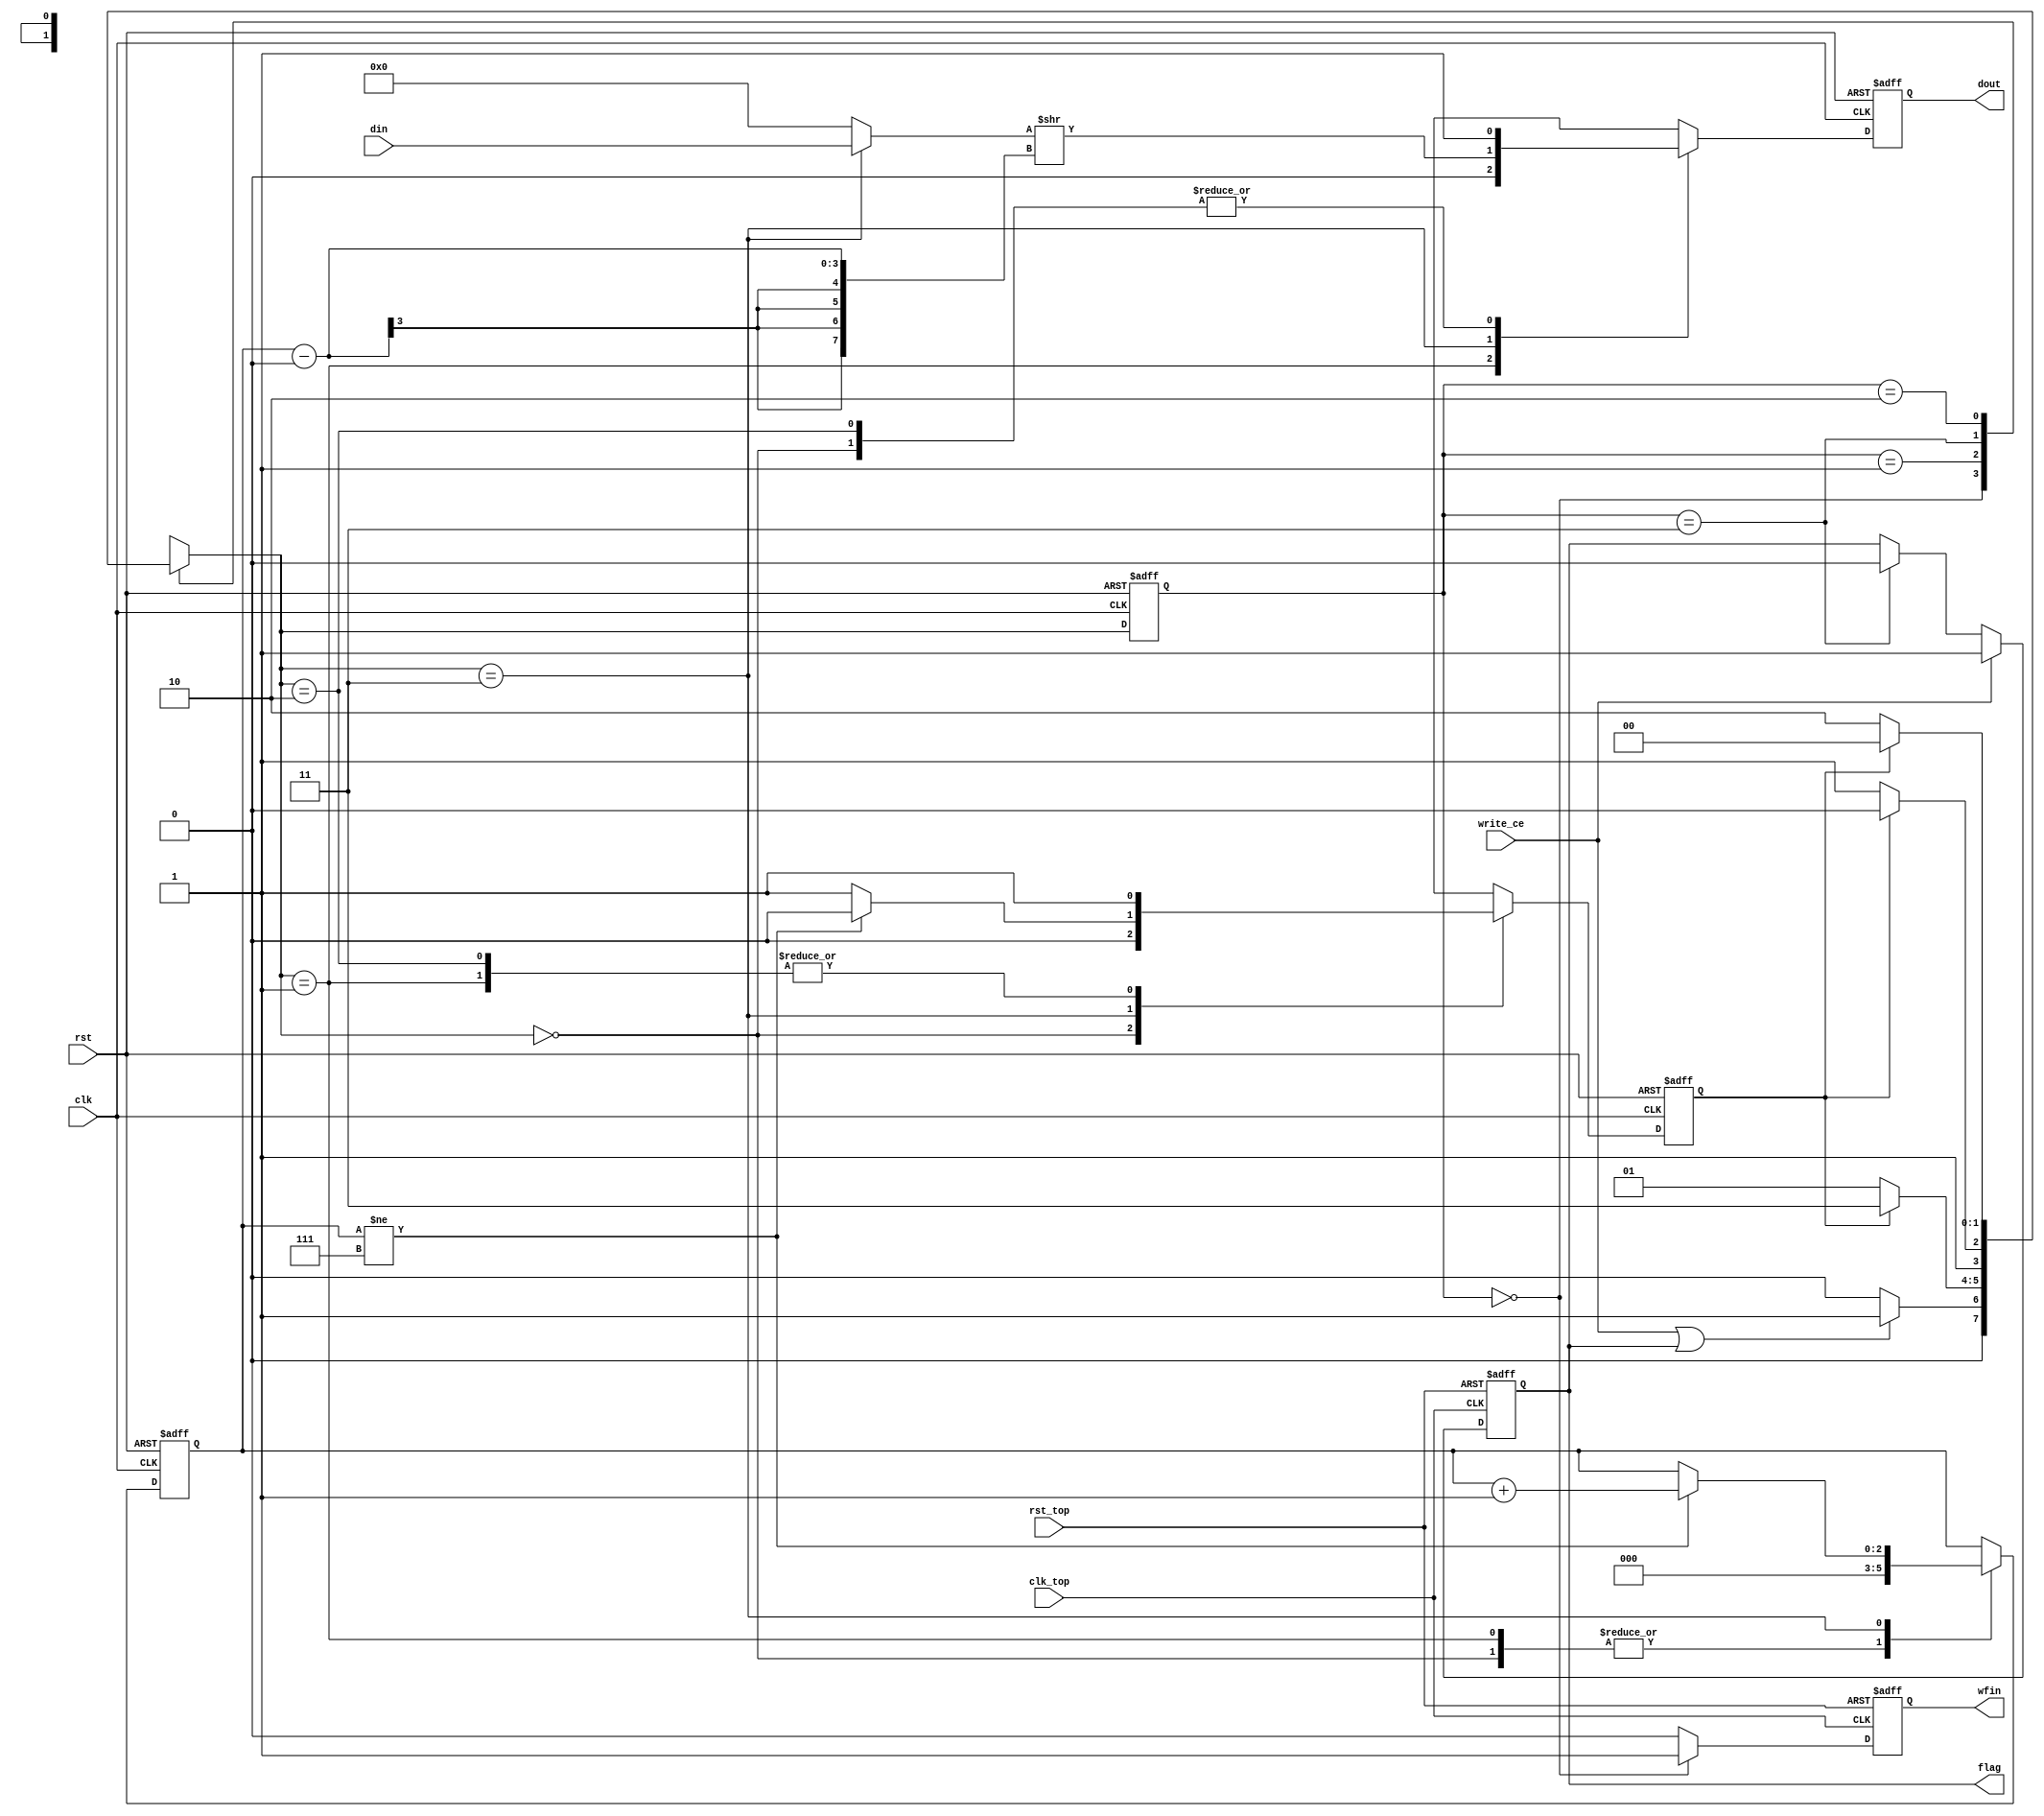
module uart_write(
    input wire clk,          //9600bps
    input wire clk_top,
    input wire rst,
    input wire rst_top,
    input wire write_ce,
    input wire [7:0] din,
    output reg wfin,        //
    output reg flag,
    output reg dout
);

localparam s0 = 2'b00;      //
localparam s1 = 2'b01;      //
localparam s2 = 2'b11;      //
localparam s3 = 2'b10;      //

reg [1:0] cur_state;
reg [1:0] next_state;
reg state_fin;
reg [2:0] i;

wire [7:0] data;

assign data = (next_state == s2)?din:8'h00;

always @(posedge clk or posedge rst) begin 
    if(rst)
        cur_state <= s0;
    else 
        cur_state <= next_state;
end 

always @(*) begin
        case (cur_state) 
            s0:begin 
                if(write_ce || flag) next_state <= s1;
                else next_state <= s0;
            end 
            s1:begin 
                if(state_fin) next_state <= s2;
                else next_state <=s1;
            end 
            s2:begin 
                if(state_fin) next_state <= s3;
                else next_state <= s2;
            end 
            s3:begin 
                if (state_fin) next_state <= s0;
                else next_state <= s3;
            end
            default:next_state <= s0;
        endcase
end

always @(posedge clk or posedge rst) begin 
    if(rst) begin 
        state_fin <= 1'b0;
        dout <= 1'b1;
        i <= 3'b0;
    end 
    else begin 
        case(next_state)
            s0:begin 
                dout <= 1'b1;
                i <= 3'b0;
                state_fin <= 1'b0;
            end 
            s1:begin 
                dout <= 1'b0;
                state_fin <= 1'b1;
                i <= 3'b0;
            end 
            s2:begin
                if(i != 8'd7) begin 
                    state_fin <= 1'b0;
                    dout <= data>>(i - 8'd0);
                    i <= i + 1'b1;
                end 
                else begin 
                    dout <= data>>(i - 8'd0);
                    state_fin <= 1'b1;
                end 
            end 
            s3:begin 
                dout <= 1'b1;
                state_fin <= 1'b1;
            end 
        endcase
    end
end

always @(posedge clk_top or posedge rst_top) begin 
    if (rst_top == 1'b1) begin 
        wfin <= 1'b0;
        flag <= 1'b0;
    end
    else begin
        if (write_ce) flag <= 1'b1;
        else if (cur_state == s2) flag <= 1'b0;
        if (cur_state == s0) wfin <= 1'b1;
        else wfin <= 1'b0;
    end
end


endmodule